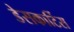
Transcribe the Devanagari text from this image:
डेसकार्टिस